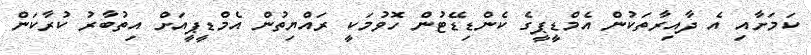
ކަމަށާއި އެ ދާއިރާތަކުން އެމްޑީޕީގެ ކެންޑިޑޭޓުން ހޮވުމަކީ ރައްޔިތުން އެމްޑީޕީއަށް އިތުބާރު ކުރާކަން